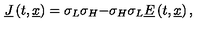
\underline { { J } } \left( t , \underline { { x } } \right) = { \binom { \sigma _ { L } \sigma _ { H } } { - \sigma _ { H } \sigma _ { L } } } \underline { { E } } \left( t , \underline { { x } } \right) ,